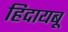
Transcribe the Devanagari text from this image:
हिदायबू